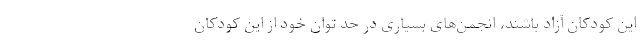
این کودکان آزاد باشند، انجمن‌های بسیاری در حد توان خود از این کودکان